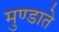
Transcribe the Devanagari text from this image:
मुण्डाते